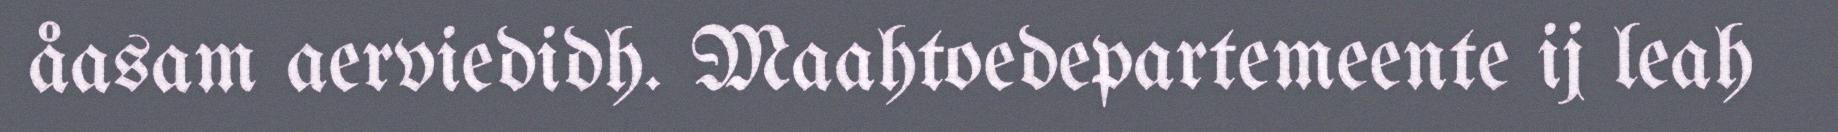
åasam aerviedidh. Maahtoedepartemeente ij leah